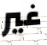
غير